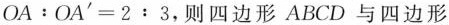
$$OA:OA^{\prime}=2:3$$，则四边形ABCD与四边形